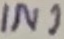
Text: IN1